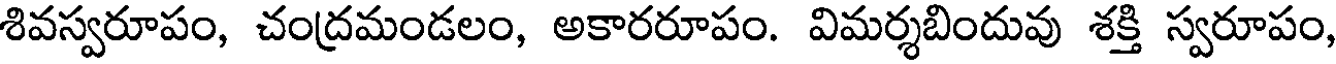
శివస్వరూపం, చంద్రమండలం, అకారరూపం. విమర్శబిందువు శక్తి స్వరూపం,